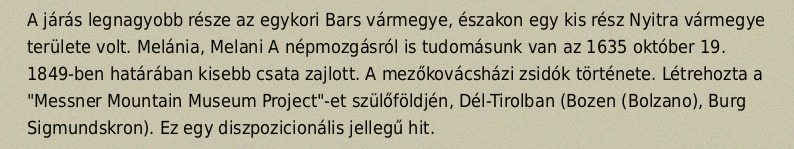
A járás legnagyobb része az egykori Bars vármegye, északon egy kis rész Nyitra vármegye területe volt. Melánia, Melani A népmozgásról is tudomásunk van az 1635 október 19. 1849-ben határában kisebb csata zajlott. A mezőkovácsházi zsidók története. Létrehozta a "Messner Mountain Museum Project"-et szülőföldjén, Dél-Tirolban (Bozen (Bolzano), Burg Sigmundskron). Ez egy diszpozicionális jellegű hit.